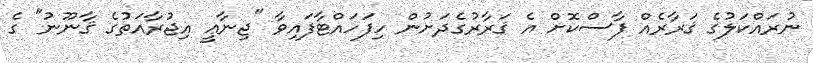
ނުރައްކަލުގެ ޤަރާރެއް ފާސްކޮށް އެ ޤަރާރުގެދަށުން ހިފަހައްޓާފައިވާ "ޖިނާޢީ އިޖުރާއަތުގެ ޤާނޫނު" ގެ